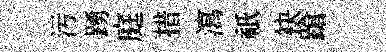
污踴庭措瀉祇袂蹌